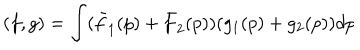
( f , g ) = \int ( \bar { f } _ { 1 } ( p ) + \bar { f } _ { 2 } ( p ) ) ( g _ { 1 } ( p ) + g _ { 2 } ( p ) ) d p